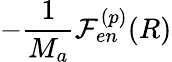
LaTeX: -\frac{1}{M_{a}}\mathcal{F}_{en}^{(p)}(R)